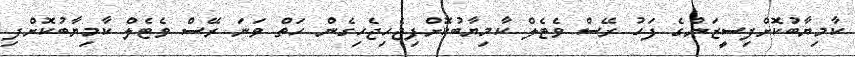
ކާމިޔާބުކޮށްފިސީޒަންގެ ފަހު ރޭސް ވެޓެލް ކާމިޔާބުކޮށްފިޖެހިޖެހިގެން ހަތް ވަނަ ރޭސް ވެޓެލް ކާމިޔާބުކޮށްފި